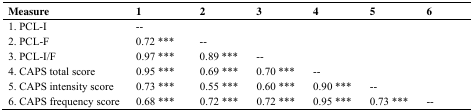
| Measure | 1 | 2 | 3 | 4 | 5 | 6 |
 | --- | --- | --- | --- | --- | --- | --- |
 | 1. PCL-I | -- |  |  |  |  |  |
 | 2. PCL-F | 0.72 *** | -- |  |  |  |  |
 | 3. PCL-I/F | 0.97 *** | 0.89 *** | -- |  |  |  |
 | 4. CAPS total score | 0.95 *** | 0.69 *** | 0.70 *** | -- |  |  |
 | 5. CAPS intensity score | 0.73 *** | 0.55 *** | 0.60 *** | 0.90 *** | -- |  |
 | 6. CAPS frequency score | 0.68 *** | 0.72 *** | 0.72 *** | 0.95 *** | 0.73 *** | -- |